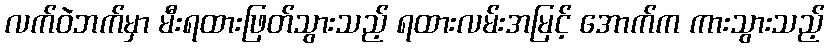
လက်ဝဲဘက်မှာ မီးရထားဖြတ်သွားသည့် ရထားလမ်းအမြင့် အောက်က ကားသွားသည့်